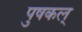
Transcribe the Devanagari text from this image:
पुषकल्